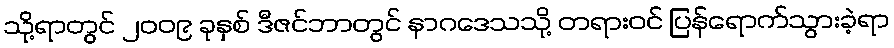
သို့ရာတွင် ၂၀၀၉ ခုနှစ် ဒီဇင်ဘာတွင် နာဂဒေသသို့ တရားဝင် ပြန်ရောက်သွားခဲ့ရာ